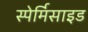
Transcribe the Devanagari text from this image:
स्पेर्मिसाइड